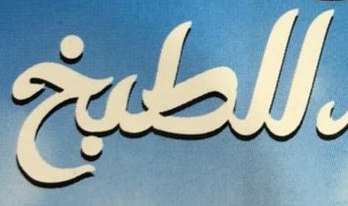
للمطبخ